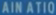
MAINATION